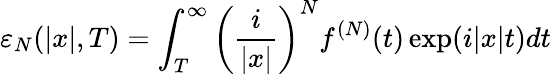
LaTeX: \varepsilon_{N}(\lvert x\rvert,T)=\int_{T}^{\infty}\left(\frac{i}{\lvert x\rvert}\right)^{N}f^{(N)}(t)\exp(i\lvert x\rvert t)dt